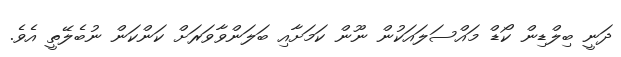
ދަނީ ބިލްޑިން ކޯޑް މައްސަލައަކުން ނޫން ކަމަށާއި ބަލަންވާވަރަށް ކަންކަން ނުބެލޭތީ އެވެ.